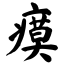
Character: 瘼